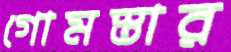
গোমস্তার